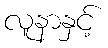
လူနာနှင့်